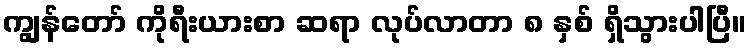
ကျွန်တော် ကိုရီးယားစာ ဆရာ လုပ်လာတာ ၈ နှစ် ရှိသွားပါပြီ။